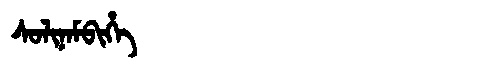
Manchu: ᠰᠣᠯᡳᠨᠠᠮᠪᡳᡥᡝ
Romanization: SOLINAMBIHE